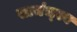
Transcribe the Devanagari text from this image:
सामंज्स्य